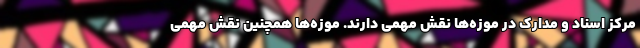
مرکز اسناد و مدارک در موزه‌ها نقش مهمی دارند. موزه‌ها همچنین نقش مهمی